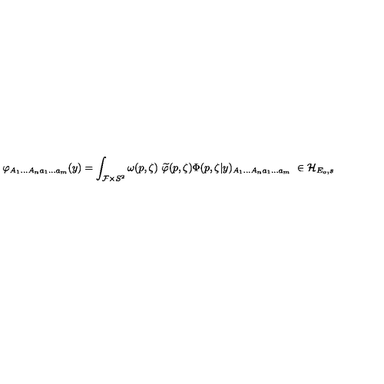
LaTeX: \varphi _ { A _ { 1 } . . . A _ { n } a _ { 1 } . . . a _ { m } } ( y ) = \int _ { { \cal F } \times S ^ { 2 } } \omega ( p , \zeta ) \ \widetilde { \varphi } ( p , \zeta ) \Phi ( p , \zeta | y ) _ { A _ { 1 } . . . A _ { n } a _ { 1 } . . . a _ { m } } \ \in { \cal H } _ { E _ { o } , s }